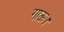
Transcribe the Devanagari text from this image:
गाऊ।